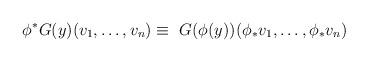
LaTeX: \begin{align*}\phi^{*}G(y)(v_{1},\ldots,v_{n}) \equiv\ G(\phi(y))(\phi_{*}v_{1},\ldots,\phi_{*}v_{n})\end{align*}